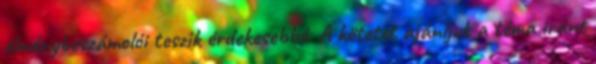
élménybeszámolói teszik érdekesebbé. A kötetet ajánljuk a téma iránt